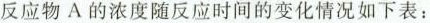
反应物A的浓度随反应时间的变化情况如下表：